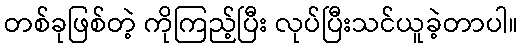
တစ်ခုဖြစ်တဲ့ ကိုကြည့်ပြီး လုပ်ပြီးသင်ယူခဲ့တာပါ။